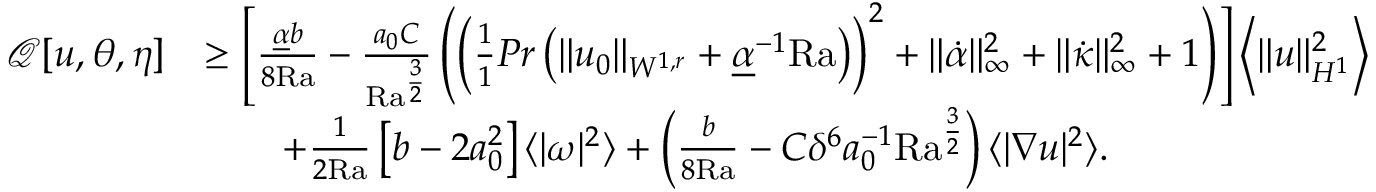
\begin{array} { r l } { \mathcal { Q } [ u , \theta , \eta ] } & { \geq \left[ \frac { \underline { { \alpha } } b } { 8 \mathrm { { R a } } } - \frac { a _ { 0 } C } { { \mathrm { R a } } ^ { \frac { 3 } { 2 } } } \left( \left( \frac { 1 } { 1 } { { P r } } \left( \| u _ { 0 } \| _ { W ^ { 1 , r } } + \underline { { \alpha } } ^ { - 1 } { \mathrm { R a } } \right) \right) ^ { 2 } + \| \dot { \alpha } \| _ { \infty } ^ { 2 } + \| \dot { \kappa } \| _ { \infty } ^ { 2 } + 1 \right) \right] \left\langle \| u \| _ { H ^ { 1 } } ^ { 2 } \right\rangle } \\ & { \qquad + \frac { 1 } { 2 \mathrm { { R a } } } \left[ b - 2 a _ { 0 } ^ { 2 } \right] \langle | \omega | ^ { 2 } \rangle + \left( \frac { b } { 8 { \mathrm { R a } } } - C \delta ^ { 6 } a _ { 0 } ^ { - 1 } \mathrm { { R a } } ^ { \frac { 3 } { 2 } } \right) \langle | \nabla u | ^ { 2 } \rangle . } \end{array}